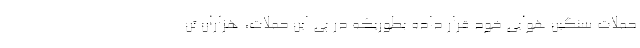
حملات سنگین هوایی خود قرار داده بطوریکه در پی این حملات، هزاران تن